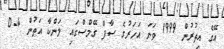
އޭގެ އިތުރުން 1999 ވަނަ އަހަރުގެ ސާފް ގޭމްސްގައި ލަންކާ އަތުން 4-0